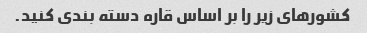
کشورهای زیر را بر اساس قاره دسته بندی کنید.